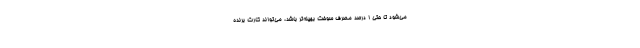
می‌شود تا حتی 1 درصد مصرف سوخت بهینه‌تر باشد، می‌تواند کارت برنده